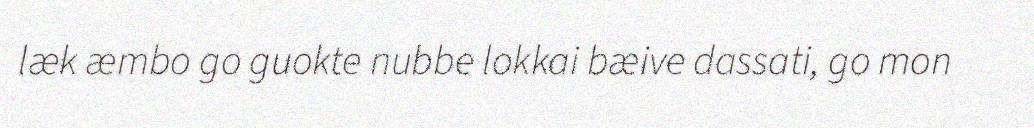
læk æmbo go guokte nubbe lokkai bæive dassati, go mon